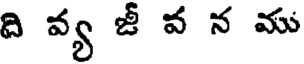
ది వ్య జీ వ న ము